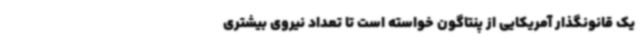
یک قانونگذار آمریکایی از پنتاگون خواسته است تا تعداد نیروی بیشتری